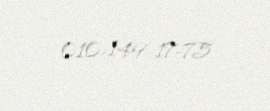
010-149-17-75